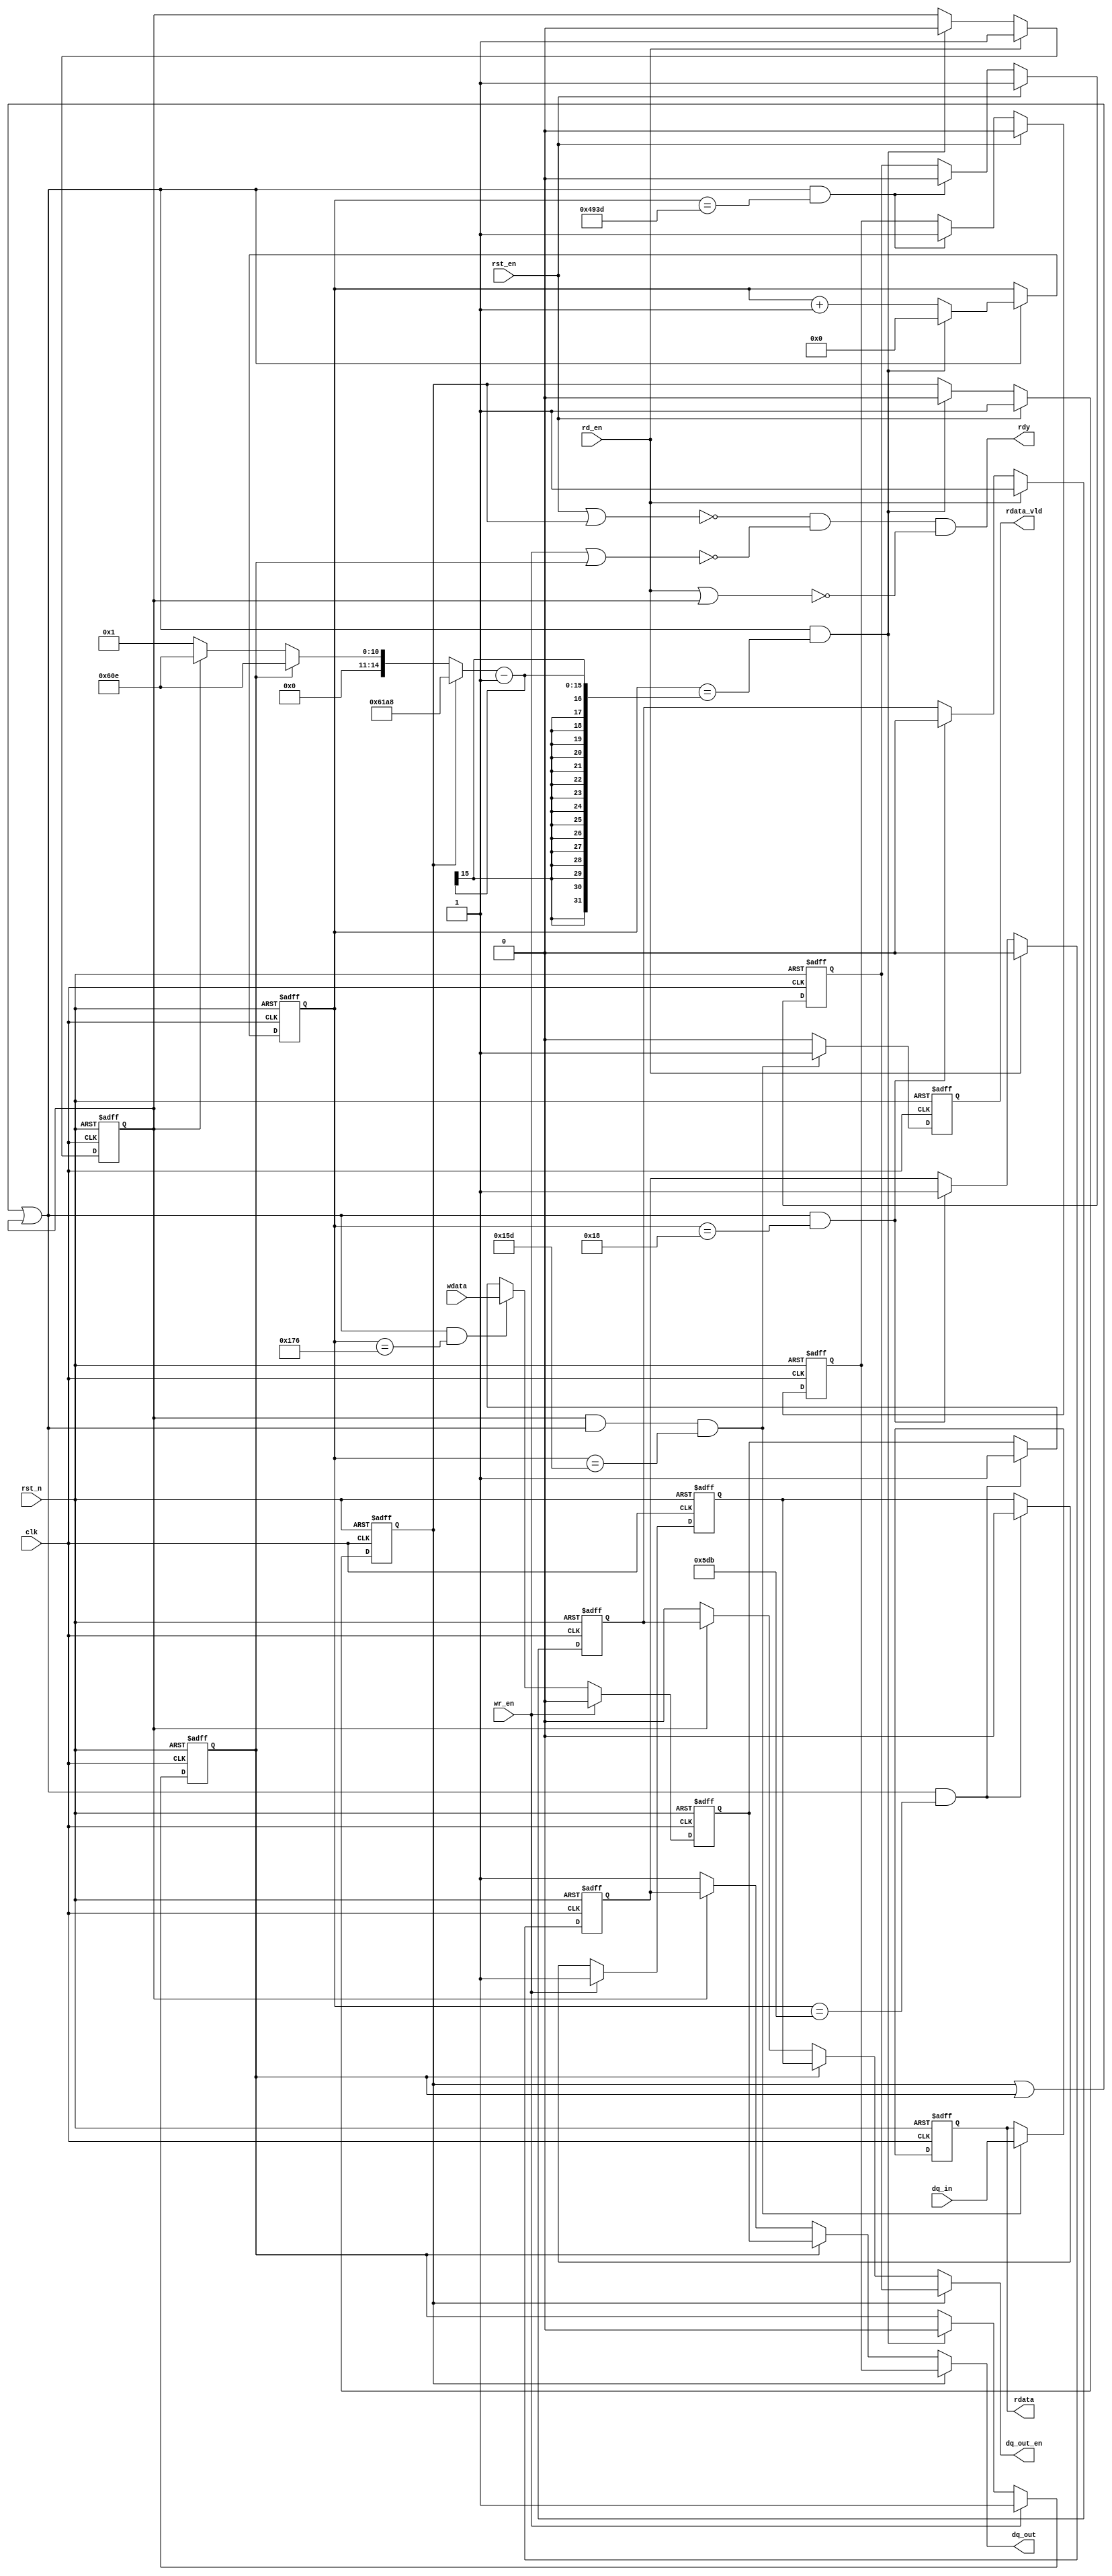
module ds_intf_bit(
    clk      ,
    rst_n    ,
    rst_en   ,
    wr_en    ,
    wdata    ,
    rd_en    ,
    rdata    ,
    rdata_vld,
    dq_out   ,
    dq_out_en,
    dq_in    , 
    rdy       
    );


    input               clk       ;
    input               rst_n     ;
    input               rst_en    ;
    input               wr_en     ;
    input               wdata     ;
    input               rd_en     ;
    input               dq_in     ;

    output reg             rdata     ;
    output reg             rdata_vld ;
    output reg             dq_out    ;
    output reg             dq_out_en ;
    output              rdy       ;

    parameter        CNT_1000US = 25000; // 1000us
    parameter        CNT_750US = 18750;
    parameter        CNT_15US = 375;
    parameter        CNT_60US = 1500;
    parameter        CNT_62US = 1550;
    parameter        CNT_1US  = 25;
    parameter        CNT_14US = 350;

    reg  [14:0]         x;
    reg  [14:0]         cnt;
    wire                add_cnt;
    wire                end_cnt;
    reg                 flag_rst;
    reg                 dq_out1;
    reg                 dq_out_en1;
  
    reg                 flag_wr;
    reg                 dq_out2;
    reg                 dq_out_en2;

    reg                 flag_rd;
    reg                 dq_out3;
    reg                 dq_out_en3;

    // 
    always @(posedge clk or negedge rst_n)begin
        if(!rst_n)begin
            cnt <= 0;
        end
        else if(add_cnt)begin
            if(end_cnt)
                cnt <= 0;
            else
                cnt <= cnt + 1;
        end
    end

    assign add_cnt = (flag_rst == 1'b1 || flag_wr == 1'b1 || flag_rd == 1'b1);       
    assign end_cnt = add_cnt && cnt== (x - 1);   

    always  @(*)begin
        if(flag_rst) begin
            x = CNT_1000US;
        end
        else if(flag_wr)begin
            x = CNT_62US;
        end
        else if(flag_rd)begin
            x = CNT_62US;
        end
        else begin
            x = 1;
        end
    end

    
    always  @(posedge clk or negedge rst_n)begin
        if(rst_n==1'b0)begin
            flag_rst <= 1'b0;
        end
        else if(rst_en == 1'b1)begin
            flag_rst <= 1'b1;
        end
        else if(end_cnt)begin
            flag_rst <= 1'b0;
        end
    end

    

    always  @(posedge clk or negedge rst_n)begin
        if(rst_n==1'b0)begin
            dq_out1 <= 1'b1;
        end
        else if(rst_en == 1'b1)begin
            dq_out1 <= 1'b0;
        end
        else if(add_cnt && cnt == (CNT_750US - 1))begin
            dq_out1 <= 1'b1;
        end
    end


    always  @(posedge clk or negedge rst_n)begin
        if(rst_n==1'b0)begin
            dq_out_en1 <= 1'b0;
        end
        else if(rst_en == 1'b1)begin
            dq_out_en1 <= 1'b1;
        end
        else if(add_cnt && cnt == (CNT_750US - 1))begin
            dq_out_en1 <= 1'b0;
        end
    end

    assign rdy1 = ~(rst_en | flag_rst);

    // 
    always  @(posedge clk or negedge rst_n)begin
        if(rst_n==1'b0)begin
            flag_wr <= 1'b0;
        end
        else if(wr_en == 1'b1)begin
            flag_wr <= 1'b1;
        end
        else if(end_cnt)begin
            flag_wr <= 1'b0;
        end
    end

    always  @(posedge clk or negedge rst_n)begin
        if(rst_n==1'b0)begin
            dq_out2 <= 1'b1;
        end
        else if(wr_en == 1'b1)begin
            dq_out2 <= 1'b0;
        end
        else if(add_cnt && cnt == (CNT_15US - 1))begin
            dq_out2 <= wdata;
        end
        else if(add_cnt && cnt == (CNT_60US - 1)) begin
            dq_out2 <= 1'b1;
        end
    end

    always  @(posedge clk or negedge rst_n)begin
        if(rst_n==1'b0)begin
            dq_out_en2 <= 1'b0;
        end
        else if(wr_en == 1'b1)begin
            dq_out_en2 <= 1'b1;
        end
        else if(add_cnt && cnt == (CNT_60US - 1))begin
            dq_out_en2 <= 1'b0;
        end
    end

    assign rdy2 = ~(wr_en | flag_wr);

    //  
    always  @(posedge clk or negedge rst_n)begin
        if(rst_n==1'b0)begin
            flag_rd <= 1'b0;
        end
        else if(rd_en == 1'b1)begin
            flag_rd <= 1'b1;
        end
        else if(end_cnt)begin
            flag_rd <= 1'b0;
        end
    end
    
    always  @(posedge clk or negedge rst_n)begin
        if(rst_n==1'b0)begin
            dq_out3 <= 1'b1;
        end
        else if(rd_en == 1'b1)begin
            dq_out3 <= 1'b0;
        end
        else if(add_cnt && cnt == (CNT_1US - 1))begin
            dq_out3 <= 1'b1;
        end
    end

    always  @(posedge clk or negedge rst_n)begin
        if(rst_n==1'b0)begin
            dq_out_en3 <= 1'b0;
        end
        else if(rd_en == 1'b1)begin
            dq_out_en3 <= 1'b1;
        end
        else if(add_cnt && cnt == (CNT_1US - 1))begin
            dq_out_en3 <= 1'b0;
        end
    end

    always  @(posedge clk or negedge rst_n)begin
        if(rst_n==1'b0)begin
            rdata <= 1'b0;
        end
        else if(flag_rd == 1'b1 && add_cnt && cnt == (CNT_14US - 1))begin
            rdata <= dq_in;
        end
    end

    always  @(posedge clk or negedge rst_n)begin
        if(rst_n==1'b0)begin
            rdata_vld <= 1'b0;
        end
        else if(flag_rd == 1'b1 && add_cnt && cnt == (CNT_14US - 1))begin
            rdata_vld <= 1'b1;
        end
        else begin
            rdata_vld <= 1'b0;
        end
    end

    assign rdy3 = ~(rd_en | flag_rd);

    always  @(*)begin
        if(flag_rst) begin
            dq_out = dq_out1;
            dq_out_en = dq_out_en1;
        end
        else if(flag_wr) begin
            dq_out = dq_out2;
            dq_out_en = dq_out_en2;
        end
        else if(flag_rd) begin
            dq_out = dq_out3;
            dq_out_en = dq_out_en3;
        end
        else begin
            dq_out = 1'b1;
            dq_out_en = 1'b0;
        end
    end

    assign rdy = (rdy1 && rdy2 && rdy3);

endmodule